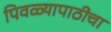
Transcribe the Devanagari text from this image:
पिवळ्यापाठीचा